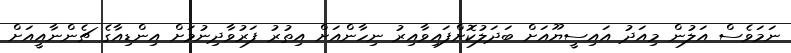
ނަމަވެސް އަލުން މިއަދު އައިސީޔޫއަށް ބަދަލުކޮށްފައިވާއިރު ނިހާންއަށް އިތުރު ފަރުވާދިނުމަށް އިންޑިއާގެ ޗެންނާއީއަށް